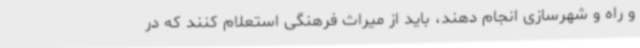
و راه و شهرسازی انجام دهند، باید از میراث فرهنگی استعلام کنند که در